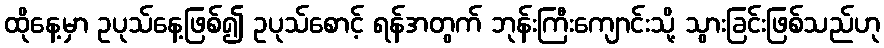
ထိုနေ့မှာ ဥပုသ်နေ့ဖြစ်၍ ဥပုသ်စောင့် ရန်အတွက် ဘုန်းကြီးကျောင်းသို့ သွားခြင်းဖြစ်သည်ဟု